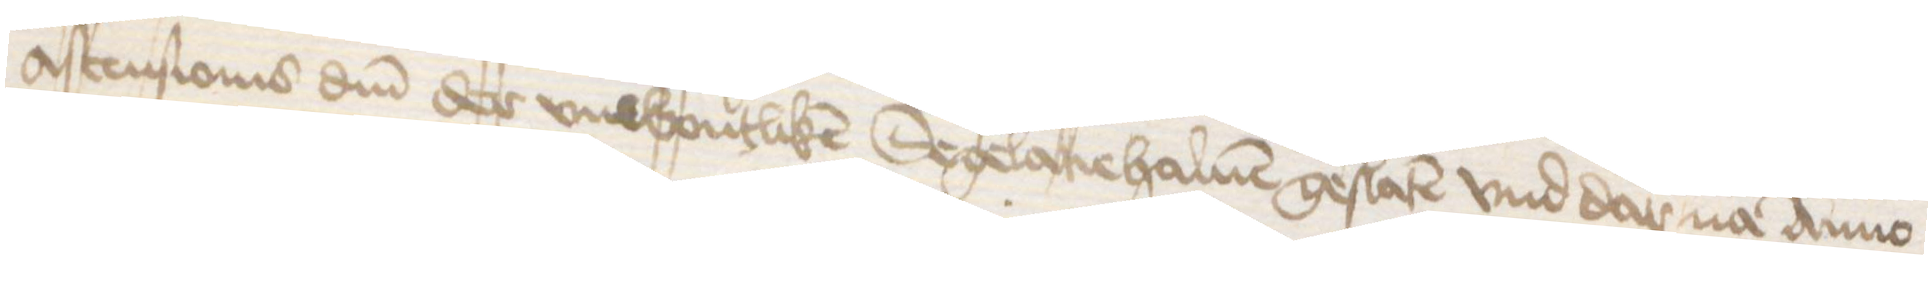
Ascensionis domini der vnwontliken Segelacie haluen geslaten vnd dar na Anno